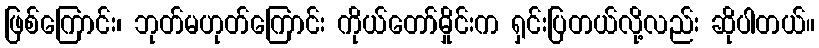
ဖြစ်ကြောင်း၊ ဘုတ်မဟုတ်ကြောင်း ကိုယ်တော်မှိုင်းက ရှင်းပြတယ်လို့လည်း ဆိုပါတယ်။